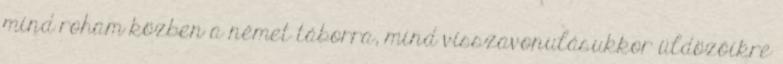
mind roham közben a német táborra, mind visszavonulásukkor üldözőikre